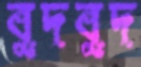
বুদবুদ